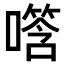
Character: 𪢑